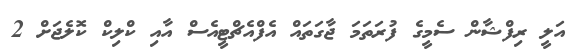
އަލީ ރިފްޝާން ސެމީގެ ފުރަތަމަ ޖާގަތައް އެފްއެޗްޓީއެސް އާއި ކްލިކް ކޮލެޖަށް 2